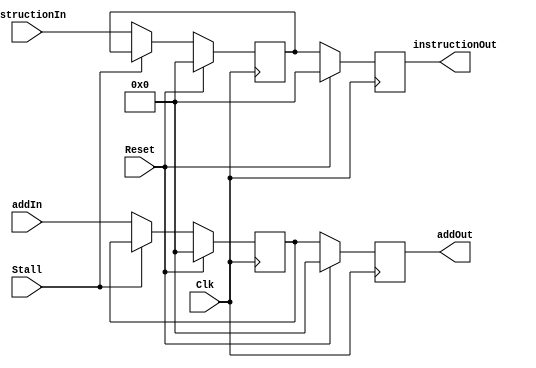
`timescale 1ns / 1ps
//////////////////////////////////////////////////////////////////////////////////
// Company: 
// Engineer: 
// 
// Design Name: 
// Module Name: IF_ID
// Project Name: 
// Target Devices: 
// Tool Versions: 
// Description: 
// 
// Dependencies: 
// 
// Revision:
// Revision 0.01 - File Created
// Additional Comments:
// 
//////////////////////////////////////////////////////////////////////////////////


module IF_ID(Reset, Stall, addIn, instructionIn, addOut, instructionOut, Clk);

    input [31:0] addIn, instructionIn;
    input Clk, Stall, Reset;
    output reg [31:0] addOut, instructionOut;
    
    reg [31:0] addReg, instructionReg;
    
    always@(posedge Clk) begin
        if(Reset == 0) begin
            addOut <= addReg;
            instructionOut <= instructionReg;
        end
        else begin
            addOut <= 0;
            instructionOut <= 0;
        end
    end
    
    always@(negedge Clk) begin
        if(Reset == 1) begin
            addReg <= 0;
            instructionReg <= 0;
        end
        else begin
            if(Stall == 0) begin
                addReg <= addIn;
                instructionReg <= instructionIn;
            end
        end
    end

endmodule